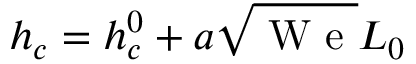
h _ { c } = h _ { c } ^ { 0 } + a \sqrt \mathrm { ~ W ~ e ~ } L _ { 0 }